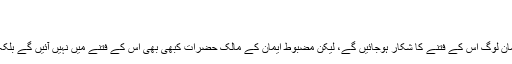
(سنن ابوداود؍4312، صحیح الجامع؍2459)
دجال کے فتنے:
دجال کو اللہ تعالیٰ نے بہت سارے اختیارات دیئے ہوں گے جس سے کمزور ایمان لوگ اس کے فتنے کا شکار ہوجائیں گے، لیکن مضبوط ایمان کے مالک حضرات کبھی بھی اس کے فتنے میں نہیں آئیں گے بلکہ اس کو پہچان لیں گے اور عیسیٰ علیہ السلام کے ہمراہ اس سے جہاد کریں گے۔